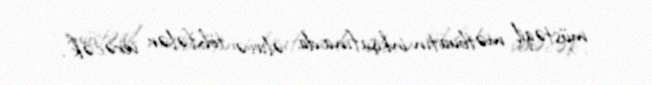
müstəqil mətbuatın inkişafına da əlavə töhfələr verəcək”.